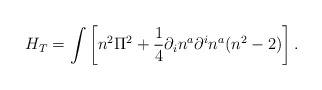
\begin{align*}H_{T} = \int \left[n^{2}\Pi^{2} +\frac{1}{4}\partial_{i}n^{a}\partial^{i}n^{a}(n^{2}-2)\right].\end{align*}